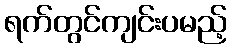
ရက်တွင်ကျင်းပမည့်